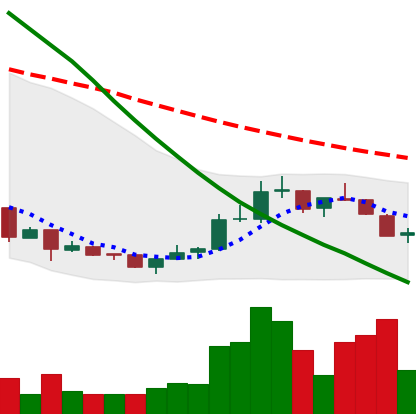
Ticker: NEO-USD
Chart end date: 2018-07-11
Forward return: 9.322%
Label: up_7plus